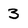
Character: 3